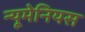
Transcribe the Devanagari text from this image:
न्यूमेनियस